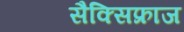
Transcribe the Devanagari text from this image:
सैक्सिफ्राज